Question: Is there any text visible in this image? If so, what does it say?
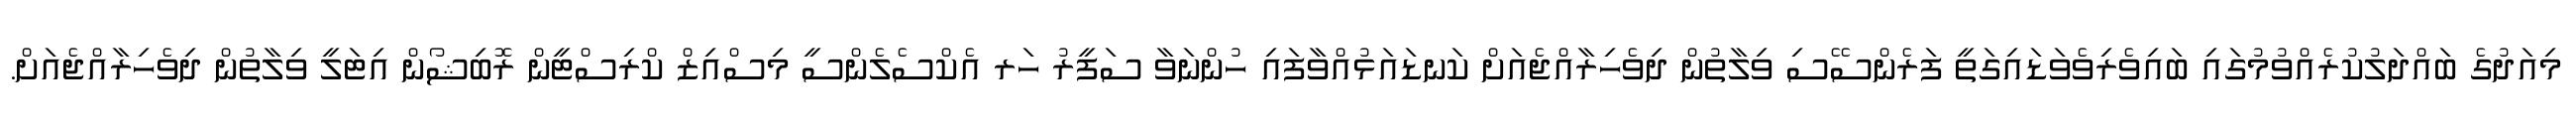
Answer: މިއަދުގެ ބައްދަލުކުރެއްވުމުގައި ބައިވެރިވެވަޑައިގަތީ ފަރެންސޭސި ވިލާތުން ދިވެހިރާއްޖެއަށް ކަނޑައަޅުއްވާފައި ހުންނަވާ ސަފީރު ހަރ އެކްސެލެންސީ މިސްއިޒް ކްރިސްޓީން ރޮބިޝޯން އިޓަލީ ވިލާތުން ދިވެހިރާއްޖެއަށް.